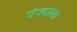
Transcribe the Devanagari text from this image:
पंज्याला